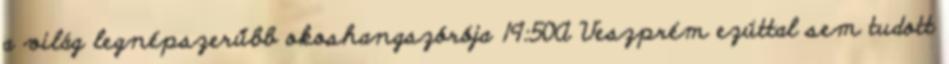
a világ legnépszerűbb okoshangszórója 19:50A Veszprém ezúttal sem tudott